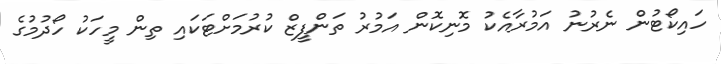
ހައިކޯޓުން ނެރުނު އަމުރާއެކު މޮނިކޮން އަމުރު ތަންފީޒް ކުރުމަށްޓަކައި ތިން މީހަކު ހޯދުމުގެ